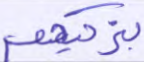
يزكيهم